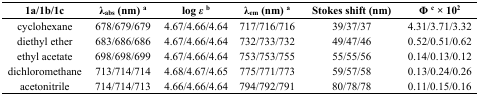
<table><thead><tr><td><b>1a/1b/1c</b></td><td><b>λ<sub>abs</sub> (nm) <sup>a</sup></b></td><td><b>log <i>ε</i><sup>b</sup></b></td><td><b>λ<sub>em</sub> (nm) <sup>a</sup></b></td><td><b>Stokes shift (nm)</b></td><td><b>Φ <sup>c</sup> × 10<sup>2</sup></b></td></tr></thead><tbody><tr><td>cyclohexane</td><td>678/679/679</td><td>4.67/4.66/4.64</td><td>717/716/716</td><td>39/37/37</td><td>4.31/3.71/3.32</td></tr><tr><td>diethyl ether</td><td>683/686/686</td><td>4.67/4.66/4.64</td><td>732/733/732</td><td>49/47/46</td><td>0.52/0.51/0.62</td></tr><tr><td>ethyl acetate</td><td>698/698/699</td><td>4.67/4.66/4.64</td><td>753/753/755</td><td>55/55/56</td><td>0.14/0.13/0.12</td></tr><tr><td>dichloromethane</td><td>713/714/714</td><td>4.68/4.67/4.65</td><td>775/771/773</td><td>59/57/58</td><td>0.13/0.24/0.26</td></tr><tr><td>acetonitrile</td><td>714/714/713</td><td>4.66/4.66/4.64</td><td>794/792/791</td><td>80/78/78</td><td>0.11/0.15/0.16</td></tr></tbody></table>